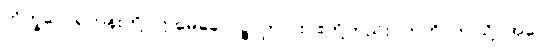
ဘိက္ခဝေ၊ ရဟန်းတို့။ ဣမေခေါ ပဉ္စ၊ ဤငါးပါးတို့တည်း။ ဣတိ၊ ဤသို့။ အဝေါ၊